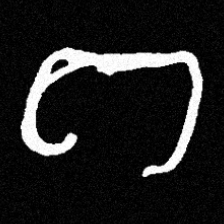
Pyu character \u2014 Myanmar letter: ဂ (romanized: ga)